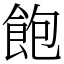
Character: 飽